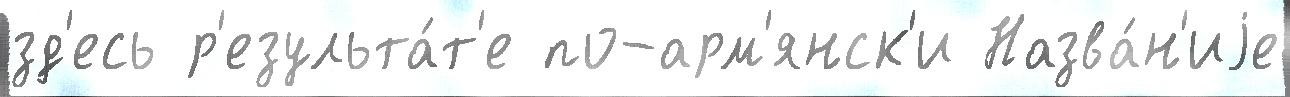
зд'есь р'езульта́т'е по-арм'янск'и Назва́н'иjе